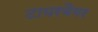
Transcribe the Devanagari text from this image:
टायरबैगर